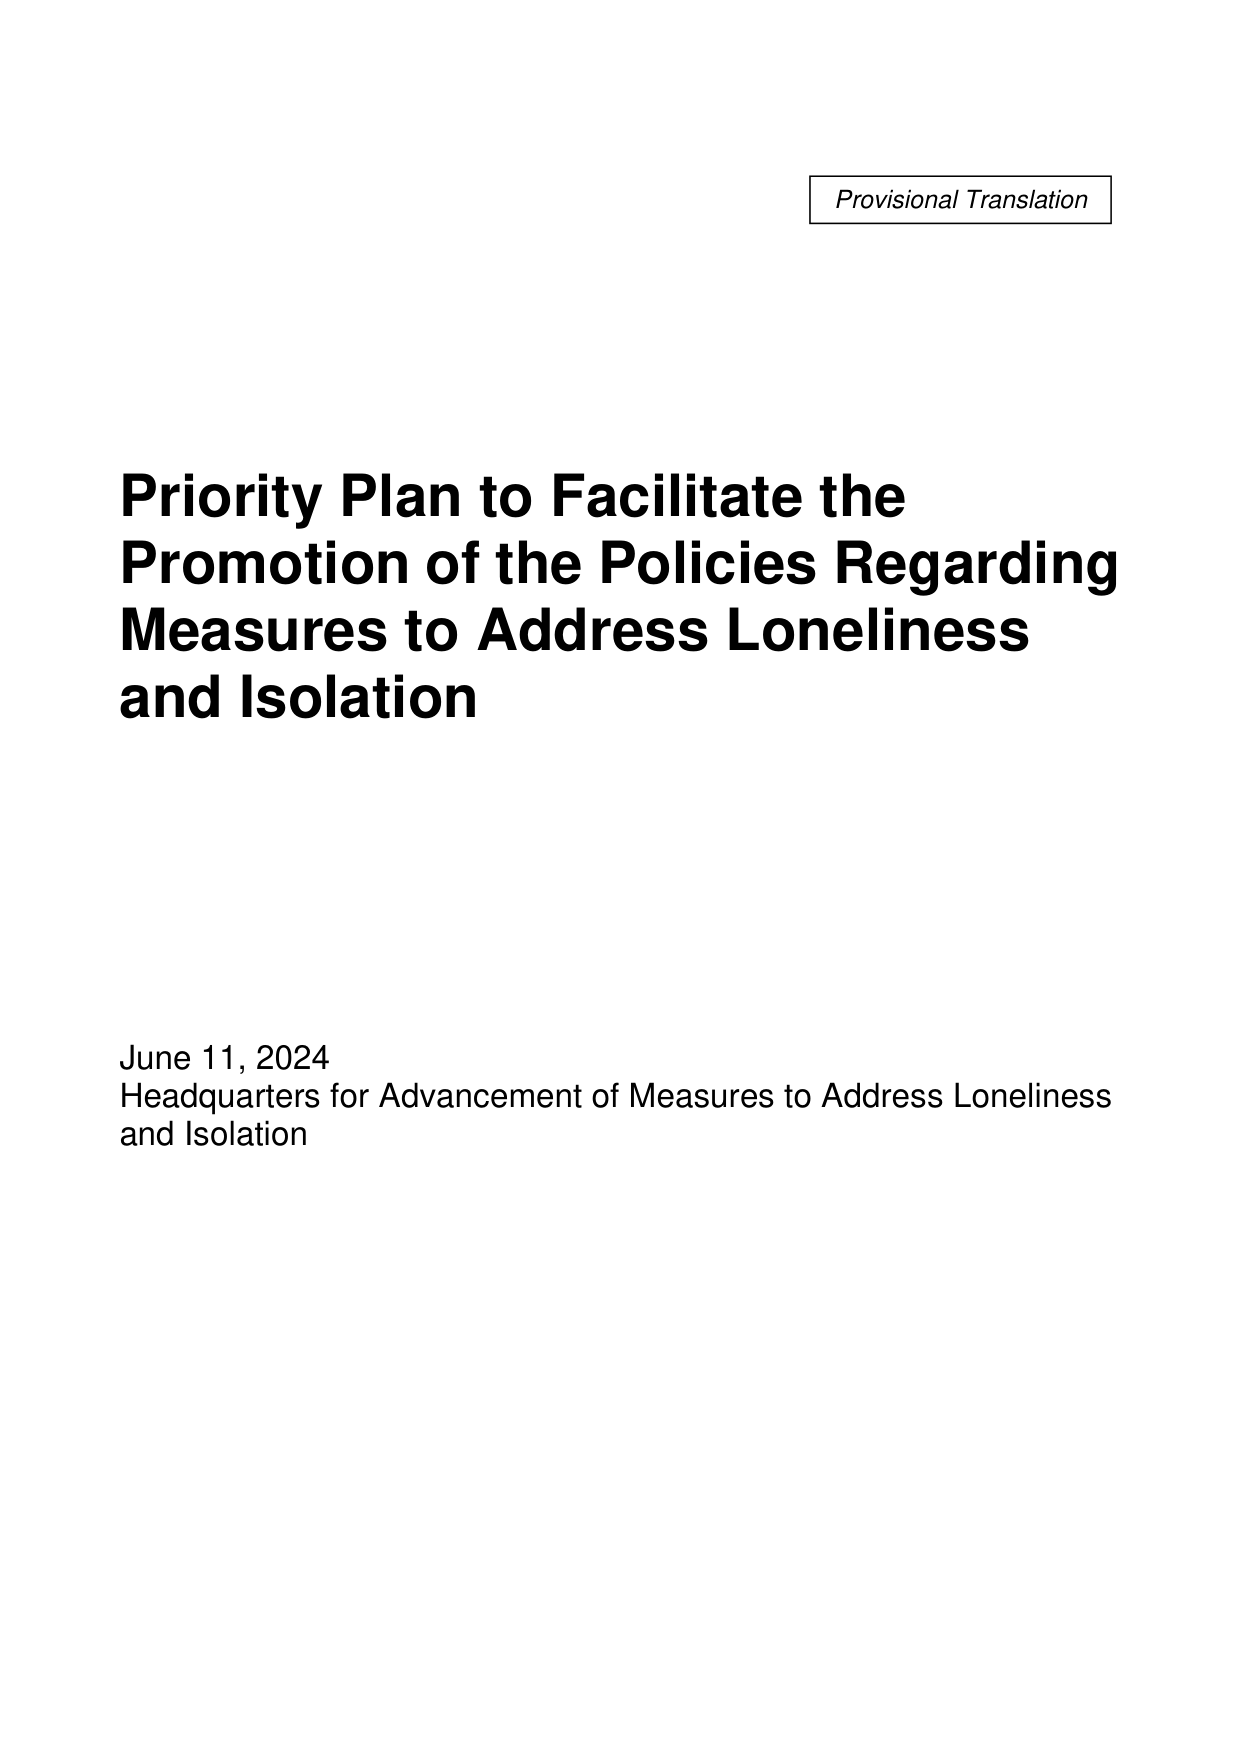
Provisional Translation

Priority Plan to Facilitate the
Promotion of the Policies Regarding
Measures to Address Loneliness
and Isolation

June 11, 2024
Headquarters for Advancement of Measures to Address Loneliness
and Isolation